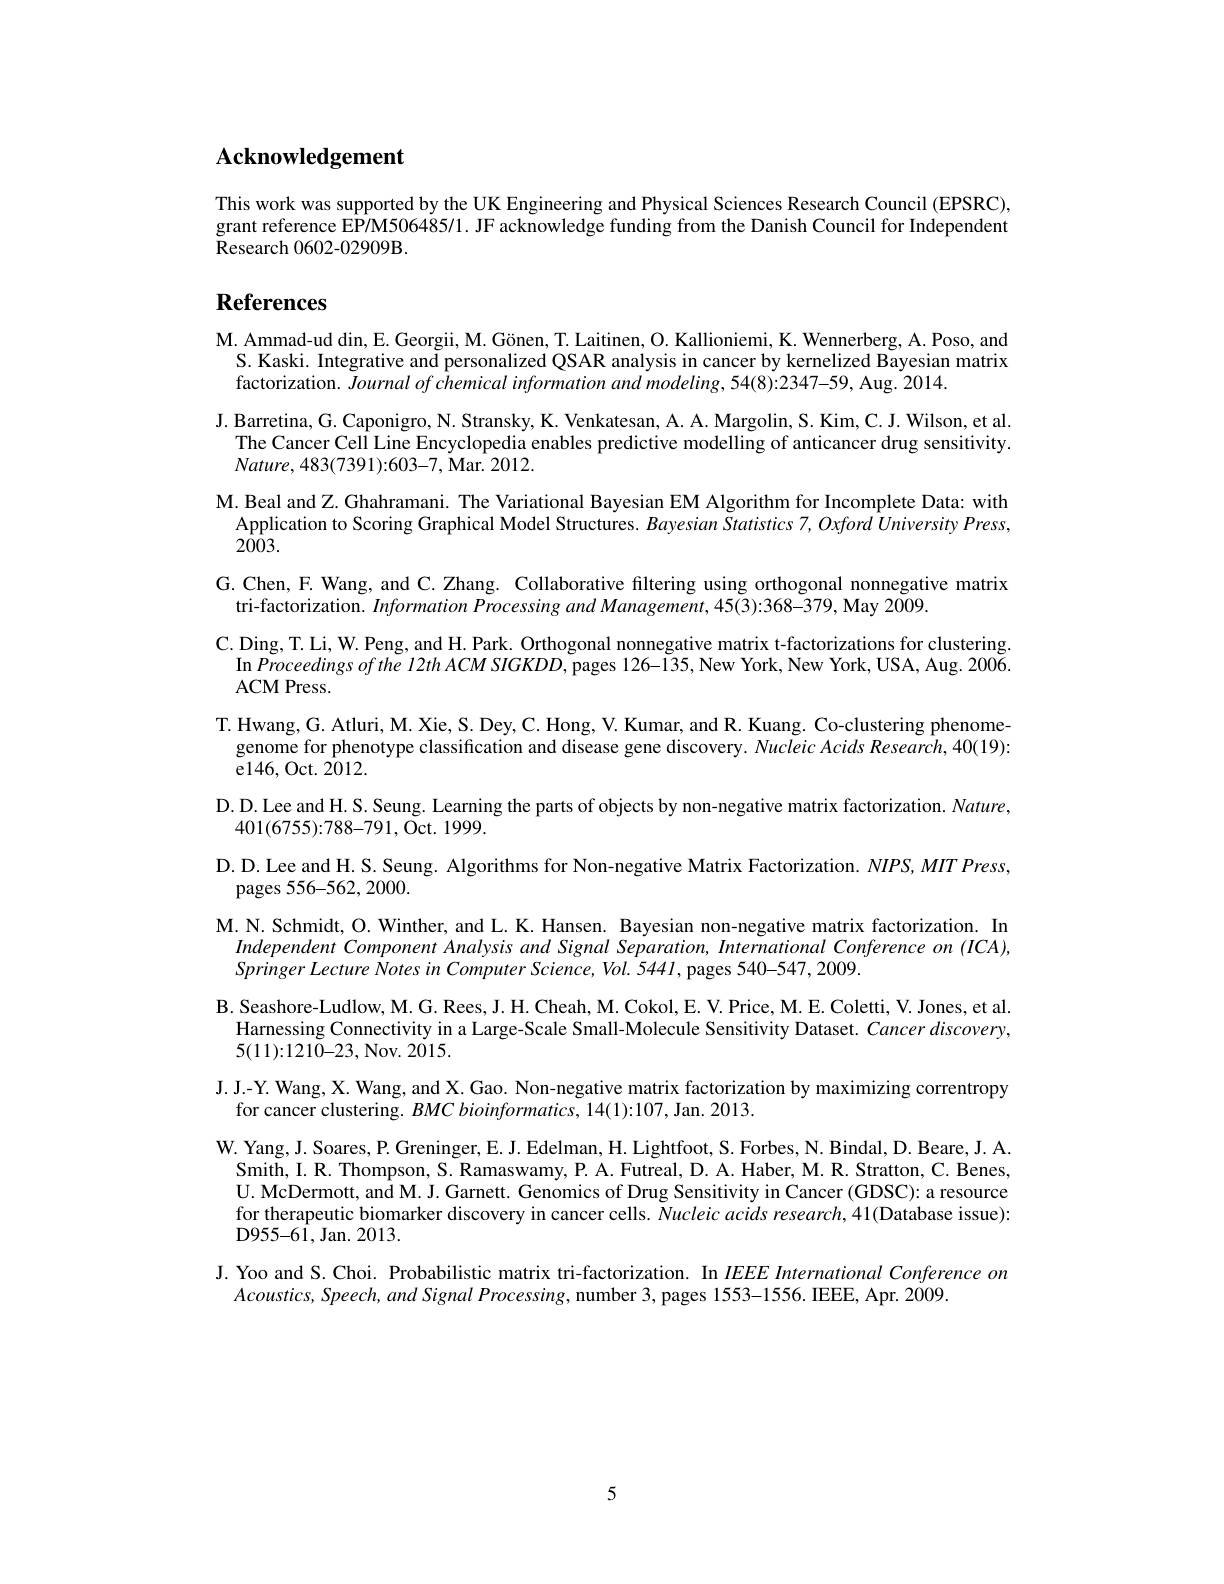
$\mathbf{Acknowledgement}$

This work was supported by the UK Engineering and Physical Sciences Research Council (EPSRC), grant reference EP/M506485/1. JF acknowledge funding from the Danish Council for Independent Research 0602-02909B.

# References

$\mathbf{M}.$ Ammad-ud din, E. Georgii, M. Gönen, T. Laitinen, O. Kallioniemi, K. Wennerberg, A. Poso, and
S. Kaski. Integrative and personalized QSAR analysis in cancer by kernelized Bayesian matrix
factorization. Journal of chemical information and modeling, 54(8):2347-59, Aug. 2014.
J. Barretina, G. Caponigro, N. Stransky, K. Venkatesan, A. A. Margolin, S. Kim, C. J. Wilson, et al
The Cancer Cell Line Encyclopedia enables predictive modelling of anticancer drug sensitivity
$Nature,483(7391){:}603-7$,Mar. 2012.
M. Beal and Z. Ghahramani. The Variational Bayesian EM Algorithm for Incomplete Data: with
Application to Scoring Graphical Model Structures. Bayesian Statistics 7, Oxford University Press,
$2\bar{00}3.$
G.Chen, F. Wang, and C. Zhang. Collaborative filtering using orthogonal nonnegative matrix
tri-factorization. Information Processing and Management, 45(3):368-379, May 2009.
C. Ding, T. Li, W. Peng, and H. Park. Orthogonal nonnegative matrix t-factorizations for clustering
$\operatorname{In}Proceedingsofthe~12th~ACM~SIGKDD,~$pages 126-135, New York, New York, USA, Aug. 2006.
ACM Press.
T. Hwang, G. Atluri, M. Xie, S. Dey, C. Hong, V. Kumar, and R. Kuang. Co-clustering phenome
genome for phenotype classification and disease gene discovery. Nucleic Acids Research, 40(19):
e146, Oct. 2012.
D.D. Lee and H. S. Seung. Learning the parts of objects by non-negative matrix factorization. Nature,
401(6755){:}788-791,Oct. 1999.
D. D. Lee and H. S. Seung. Algorithms for Non-negative Matrix Factorization. $NIPS,MIT$ Press,
pages 556-562, 2000.
M. N. Schmidt, O. Winther, and L. K. Hansen. Bayesian non-negative matrix factorization. In
Independent Component Analysis and Signal Separation, International Conference on (ICA),
Springer Lecture Notes in Computer Science, Vol. 5441, pages 540-547, 2009.
B. Seashore-Ludlow, M. G. Rees, J. H. Cheah, M. Cokol, E. V. Price, M. E. Coletti, V. Jones, et al
Harnessing Connectivity in a Large-Scale Small-Molecule Sensitivity Dataset. Cancer discovery,
5(11){:}1210{-}23,Nov. 2015.
J. J.-Y. Wang, X. Wang, and X. Gao. Non-negative matrix factorization by maximizing correntropy
for cancer clustering. $BMC\textit{bioinformatics, 14}( 1) {: }107$,Jan. 2013
W. Yang, J. Soares, P. Greninger, E. J. Edelman, H. Lightfoot, S. Forbes, N. Bindal, D. Beare, J. A.
Smith, I. R. Thompson, S. Ramaswamy, P. A. Futreal, D. A. Haber, M. R. Stratton, C. Benes, U. McDermott, and M. J. Garnett. Genomics of Drug Sensitivity in Cancer (GDSC): a resource for therapeutic biomarker discovery in cancer cells. Nucleic acids research,41(Database issue): ${\mathrm{D955-61,~Jan.~2013.}}$
J. Yoo and S. Choi. Probabilistic matrix tri-factorization. In $IEEE\textit{International Conference on}$
$Acoustics,Speech,andSignalProcessing$,number 3, pages 1553-1556. IEEE, Apr. 2009

5